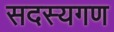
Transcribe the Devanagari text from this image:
सदस्‍यगण